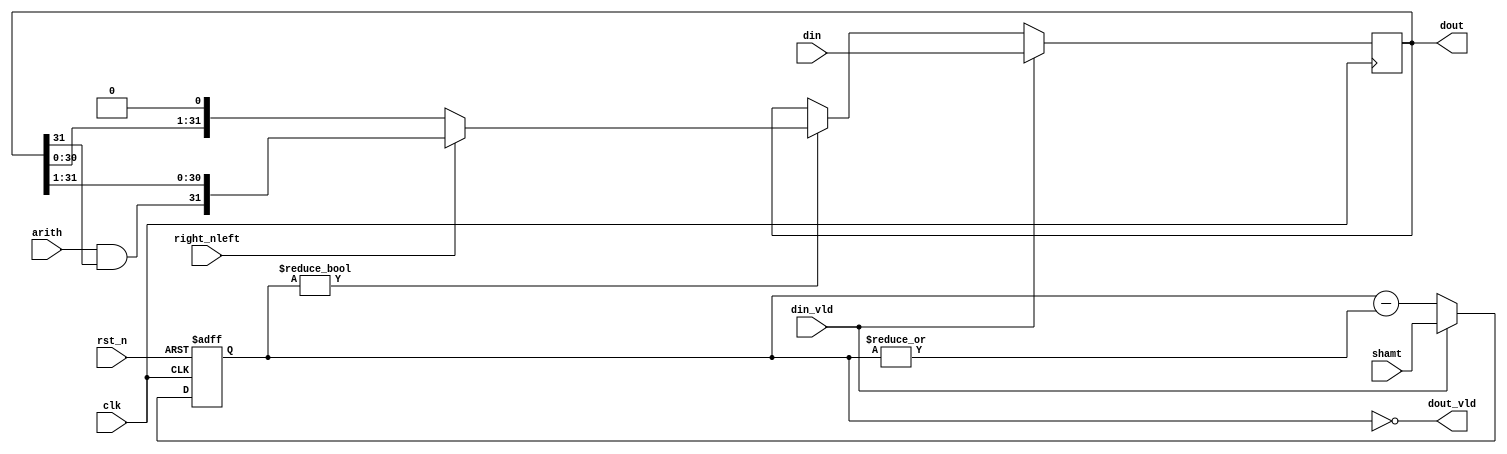
module hazard5_shift_1bit_seq #(
	parameter W_DATA = 32,
	parameter W_SHAMT = 5
) (
	input wire                clk,
	input wire                rst_n,

	input wire  [W_DATA-1:0]  din,
	input wire                din_vld, // can be asserted at any time, we always respond
	input wire  [W_SHAMT-1:0] shamt,
	input wire                right_nleft,
	input wire                arith,
	output wire [W_DATA-1:0]  dout,
	output wire               dout_vld,
);

reg [W_DATA-1:0]  accum;
reg [W_DATA-1:0]  accum_next;
reg [W_SHAMT-1:0] shamt_remaining;
reg               flipped;

// Handle actual shifting

wire sext = arith && accum[W_DATA - 1];

always @ (*) begin: shift_unit
	accum_next = accum;
	if (din_vld) begin
		accum_next = din;
	end else if (shamt_remaining) begin
		if (right_nleft)
			accum_next = {sext, accum[W_DATA-1:1]};
		else
			accum_next = {accum << 1};
	end
end

// No reset on datapath
always @ (posedge clk)
	accum <= accum_next;

always @ (posedge clk or negedge rst_n) begin
	if (!rst_n) begin
		shamt_remaining <= {W_SHAMT{1'b0}};
	end else if (din_vld) begin
		shamt_remaining <= shamt;
	end else begin
		shamt_remaining <= shamt_remaining - |shamt_remaining;
	end
end

assign dout_vld = shamt_remaining == 0;
assign dout = accum;

endmodule